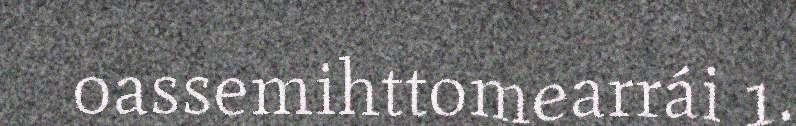
oassemihttomearrái 1.